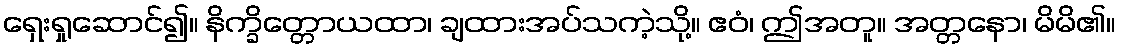
ရှေးရှုဆောင်၍။ နိက္ခိတ္တောယထာ၊ ချထားအပ်သကဲ့သို့။ ဧဝံ၊ ဤအတူ။ အတ္တနော၊ မိမိ၏။